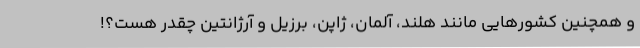
و همچنین کشورهایی مانند هلند، آلمان، ژاپن، برزیل و آرژانتین چقدر هست؟!